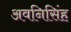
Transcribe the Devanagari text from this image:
अवनिसिंह